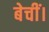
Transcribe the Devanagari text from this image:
बेचीं।